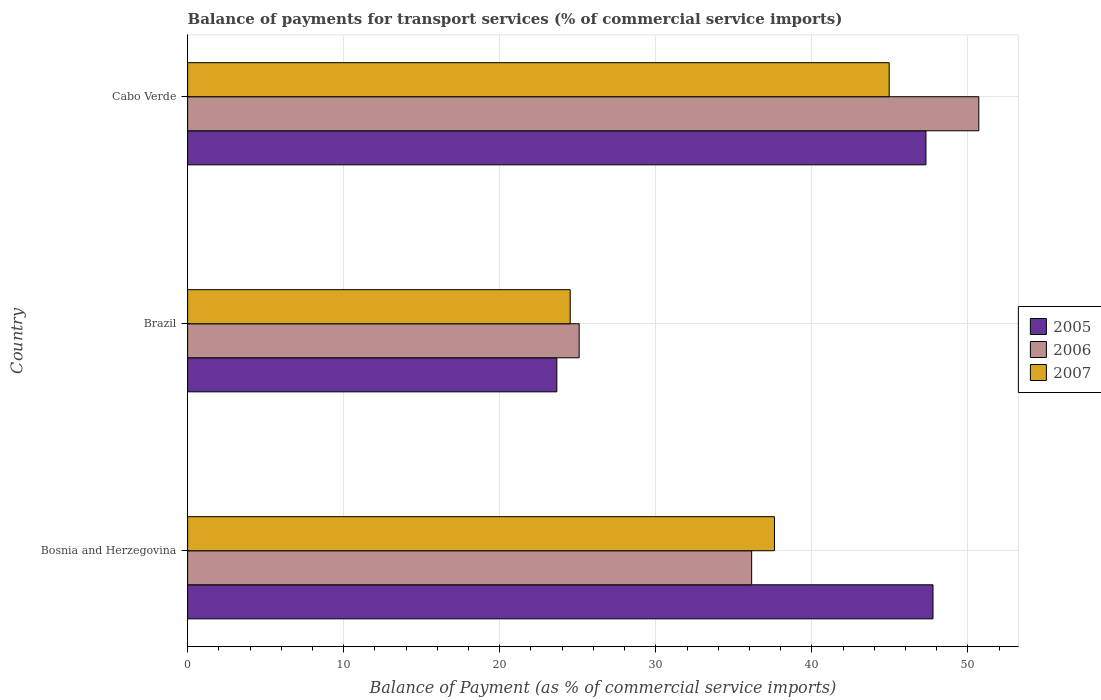
| Country | 2005 | 2006 | 2007 |
 | --- | --- | --- | --- |
 | Bosnia and Herzegovina | 47.8 | 36.1 | 37.6 |
 | Brazil | 23.7 | 25.1 | 24.5 |
 | Cabo Verde | 47.3 | 50.7 | 45 |